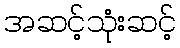
အဆင့်သုံးဆင့်